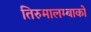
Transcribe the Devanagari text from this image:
तिरुमालम्बाको